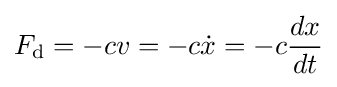
F_{\text{d}}=-cv=-c{\dot {x}}=-c{\frac {dx}{dt}}